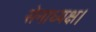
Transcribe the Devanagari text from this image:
सेनाध्यक्ष।